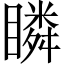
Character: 瞵